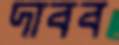
দাবব